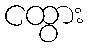
ငထွား